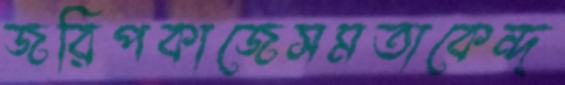
জরিপকাজেসমতাকেন্দ্